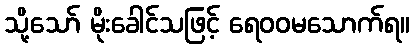
သို့သော် မိုးခေါင်သဖြင့် ရေဝဝမသောက်ရ။